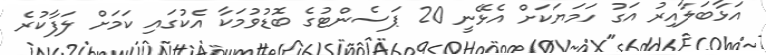
އަޅާބަލާއިރު އަގު ހަމަޔަކަށް އެޅޭނީ 20 ޕަސެންޓުގެ ބޮޑުވުމަކާ އެކުގައި ކަމަށް ލަފާކުރެ